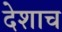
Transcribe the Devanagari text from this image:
देशाच